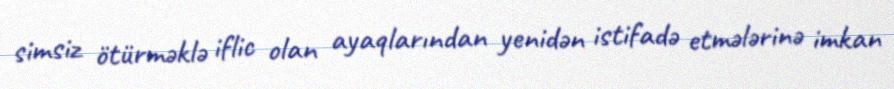
simsiz ötürməklə iflic olan ayaqlarından yenidən istifadə etmələrinə imkan